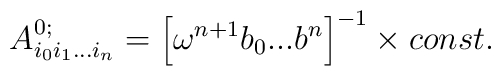
A^{0;}_{i_0i_1...i_n}=\left[\omega^{n+1}b_0...b^n\right]^{-1}\times const.